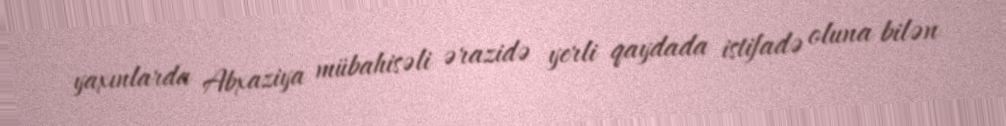
yaxınlarda Abxaziya mübahisəli ərazidə yerli qaydada istifadə oluna bilən